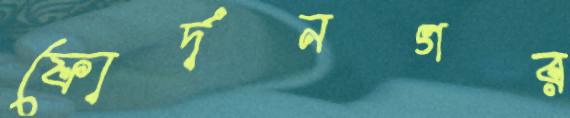
ফোর্দনগর